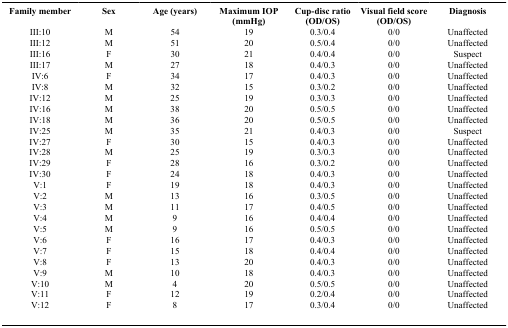
<table><thead><tr><td><b>Familymember</b></td><td><b>Sex</b></td><td><b>Age (years)</b></td><td><b>Maximum IOP (mmHg)</b></td><td><b>Cup-disc ratio (OD/OS)</b></td><td><b>Visual field score (OD/OS)</b></td><td><b>Diagnosis</b></td></tr></thead><tbody><tr><td>III:10</td><td>M</td><td>54</td><td>19</td><td>0.3/0.4</td><td>0/0</td><td>Unaffected</td></tr><tr><td>III:12</td><td>M</td><td>51</td><td>20</td><td>0.5/0.4</td><td>0/0</td><td>Unaffected</td></tr><tr><td>III:16</td><td>F</td><td>30</td><td>21</td><td>0.4/0.4</td><td>0/0</td><td>Suspect</td></tr><tr><td>III:17</td><td>M</td><td>27</td><td>18</td><td>0.4/0.3</td><td>0/0</td><td>Unaffected</td></tr><tr><td>IV:6</td><td>F</td><td>34</td><td>17</td><td>0.4/0.3</td><td>0/0</td><td>Unaffected</td></tr><tr><td>IV:8</td><td>M</td><td>32</td><td>15</td><td>0.3/0.2</td><td>0/0</td><td>Unaffected</td></tr><tr><td>IV:12</td><td>M</td><td>25</td><td>19</td><td>0.3/0.3</td><td>0/0</td><td>Unaffected</td></tr><tr><td>IV:16</td><td>M</td><td>38</td><td>20</td><td>0.5/0.5</td><td>0/0</td><td>Unaffected</td></tr><tr><td>IV:18</td><td>M</td><td>36</td><td>20</td><td>0.5/0.5</td><td>0/0</td><td>Unaffected</td></tr><tr><td>IV:25</td><td>M</td><td>35</td><td>21</td><td>0.4/0.3</td><td>0/0</td><td>Suspect</td></tr><tr><td>IV:27</td><td>F</td><td>30</td><td>15</td><td>0.4/0.3</td><td>0/0</td><td>Unaffected</td></tr><tr><td>IV:28</td><td>M</td><td>25</td><td>19</td><td>0.3/0.3</td><td>0/0</td><td>Unaffected</td></tr><tr><td>IV:29</td><td>F</td><td>28</td><td>16</td><td>0.3/0.2</td><td>0/0</td><td>Unaffected</td></tr><tr><td>IV:30</td><td>F</td><td>24</td><td>18</td><td>0.4/0.3</td><td>0/0</td><td>Unaffected</td></tr><tr><td>V:1</td><td>F</td><td>19</td><td>18</td><td>0.4/0.3</td><td>0/0</td><td>Unaffected</td></tr><tr><td>V:2</td><td>M</td><td>13</td><td>16</td><td>0.3/0.5</td><td>0/0</td><td>Unaffected</td></tr><tr><td>V:3</td><td>M</td><td>11</td><td>17</td><td>0.4/0.5</td><td>0/0</td><td>Unaffected</td></tr><tr><td>V:4</td><td>M</td><td>9</td><td>16</td><td>0.4/0.4</td><td>0/0</td><td>Unaffected</td></tr><tr><td>V:5</td><td>M</td><td>9</td><td>16</td><td>0.5/0.5</td><td>0/0</td><td>Unaffected</td></tr><tr><td>V:6</td><td>F</td><td>16</td><td>17</td><td>0.4/0.3</td><td>0/0</td><td>Unaffected</td></tr><tr><td>V:7</td><td>F</td><td>15</td><td>18</td><td>0.4/0.4</td><td>0/0</td><td>Unaffected</td></tr><tr><td>V:8</td><td>F</td><td>13</td><td>20</td><td>0.4/0.3</td><td>0/0</td><td>Unaffected</td></tr><tr><td>V:9</td><td>M</td><td>10</td><td>18</td><td>0.4/0.3</td><td>0/0</td><td>Unaffected</td></tr><tr><td>V:10</td><td>M</td><td>4</td><td>20</td><td>0.5/0.5</td><td>0/0</td><td>Unaffected</td></tr><tr><td>V:11</td><td>F</td><td>12</td><td>19</td><td>0.2/0.4</td><td>0/0</td><td>Unaffected</td></tr><tr><td>V:12</td><td>F</td><td>8</td><td>17</td><td>0.3/0.4</td><td>0/0</td><td>Unaffected</td></tr></tbody></table>